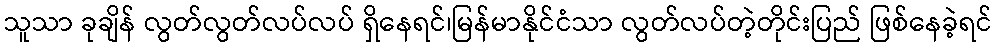
သူသာ ခုချိန် လွတ်လွတ်လပ်လပ် ရှိနေရင်၊မြန်မာနိုင်ငံသာ လွတ်လပ်တဲ့တိုင်းပြည် ဖြစ်နေခဲ့ရင်